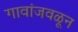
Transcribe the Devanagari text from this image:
गावांजवळून